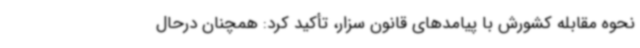
نحوه مقابله کشورش با پیامدهای قانون سزار، تأکید کرد: همچنان درحال